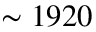
\sim 1 9 2 0